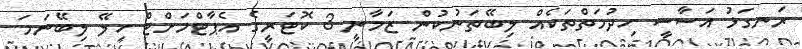
ރަނގަޅު އަސާސީ ހިދުމަތްތަކެއް ލިބޭތަނުކުން ޒަމާނީ 3 ކޮޓަރީގެ އެޕާޓްމަށްޓް ހިލޭ ލިބޭނަމަ